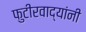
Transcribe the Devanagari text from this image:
फुटीरवाद्यांनी